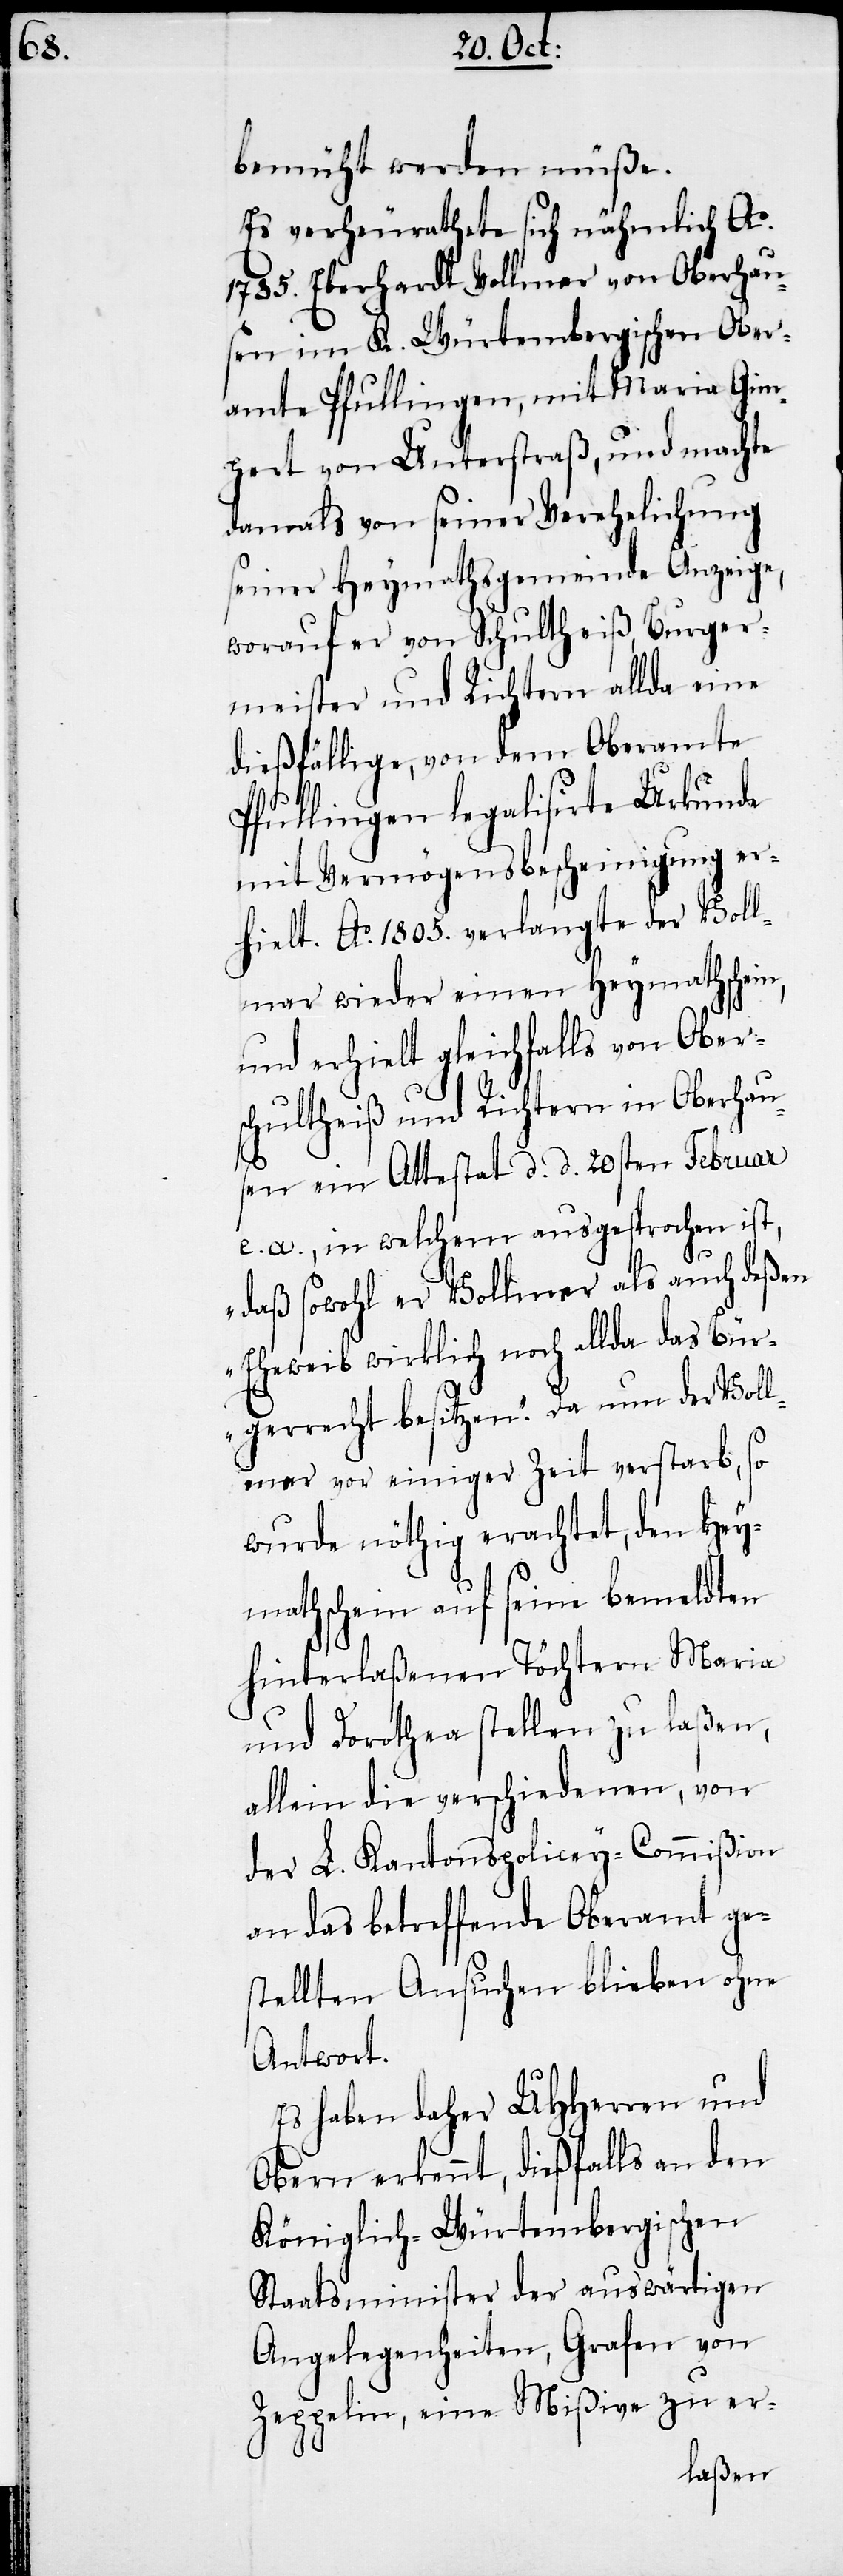
bemüht werden müße.
Es verheurathete sich nähmlich Ao.
1785. Eberhardt Vollmar von Oberhau¬
sen im K. Würtembergischen Ober¬
amte Pfullingen, mit Maria Gim¬
pert von Unterstraß, und machte
damals von seiner Verehelichung
seiner Heymathsgemeinde Anzeige,
worauf er von Schultheiß, Burger¬
meister und Richtern allda eine
dießfällige, von dem Oberamte
Pfullingen legalisirte Urkunde
mit Vermögensbescheinigung er¬
hielt. Ao. 1805. verlangte der Voll¬
mar wieder einen Heymathschein,
und erhielt gleichfalls von Ober¬
schultheiß und Richtern in Oberhau¬
sen ein Attestat d. d. 20sten Februar
e. a., in welchem ausgesprochen ist,
„daß sowohl er Vollmar als auch deßen
Eheweib wirklich noch allda das Bür¬
gerrecht besitzen.“ Da nun der Voll¬
mar vor einiger Zeit verstarb, so
wurde nöthig erachtet, den Hey¬
mathschein auf seine bemeldten
hinterlaßenen Töchtern Maria
und Dorothea stellen zu laßen,
allein die verschiedenen, von
der L. Kantonspolicey-Commißion
an das betreffende Oberamt ges¬
tellten Ansuchen blieben ohne
Antwort.
Es haben daher UHHerren und
Obern erkennt, dießfalls an den
Königlich-Würtembergischen
Staatsminister der auswärtigen
Angelegenheiten, Grafen von
Zeppelin, eine Mißive zu er-